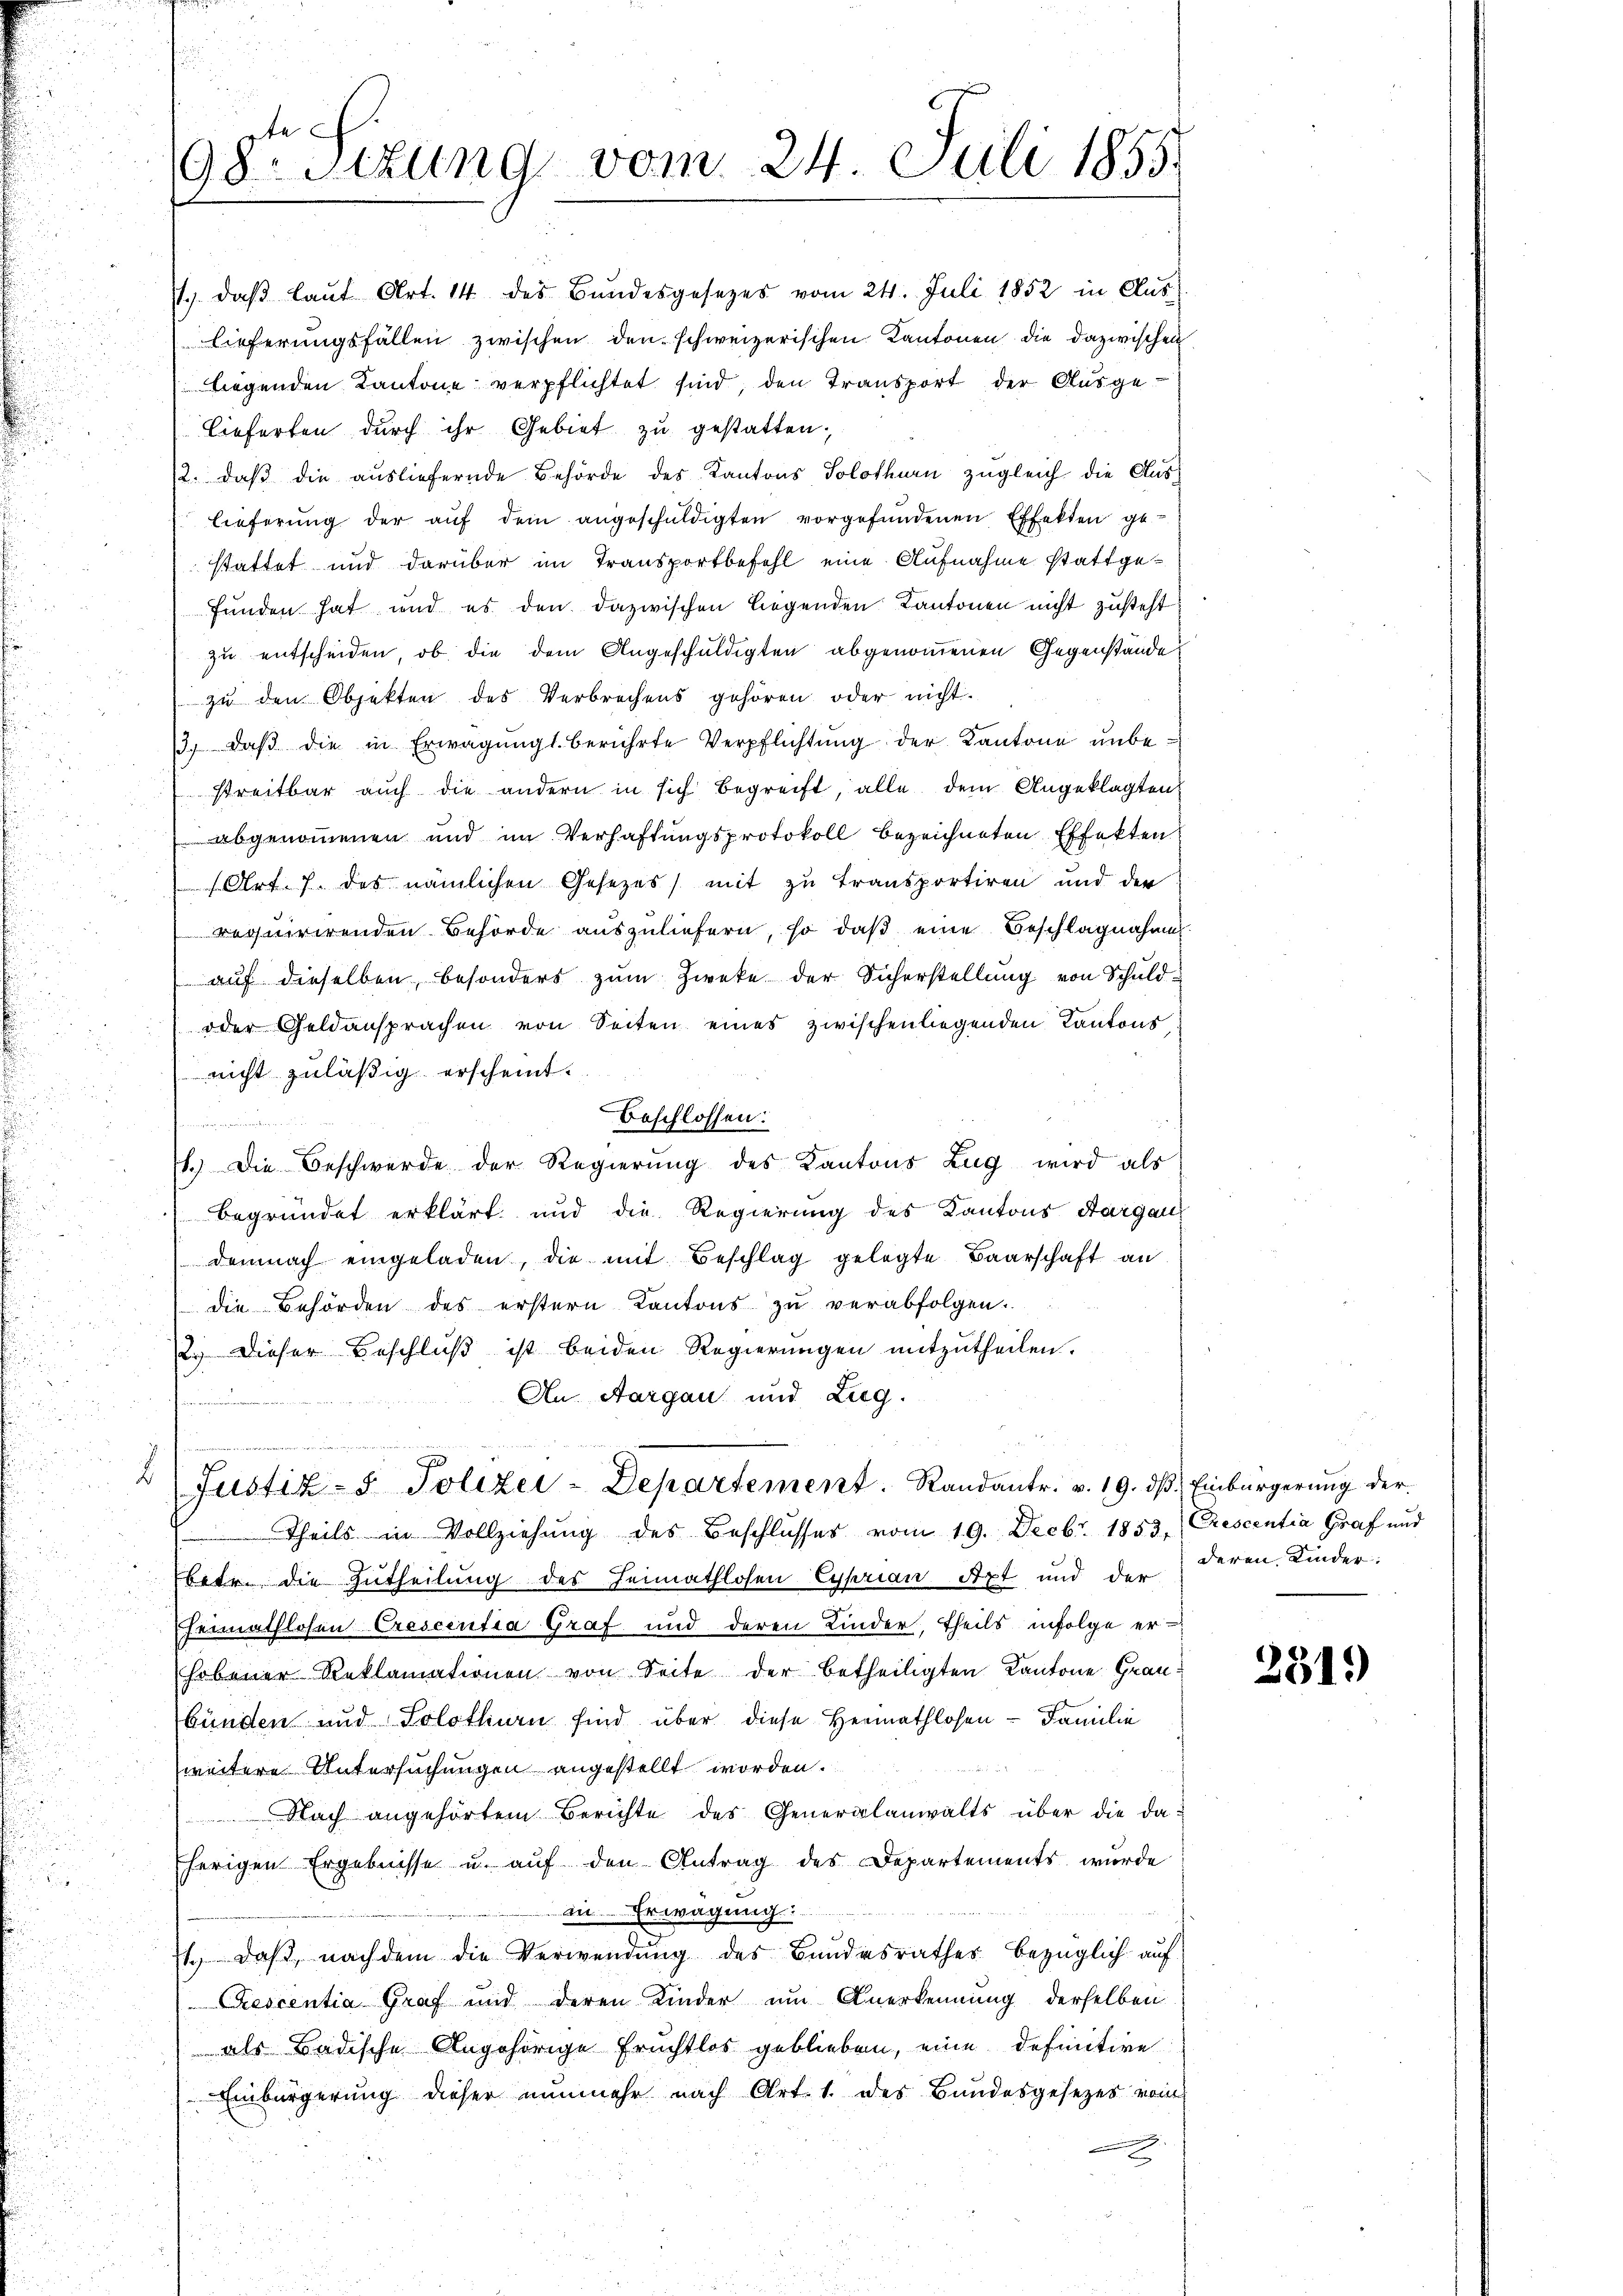
An Aargau und Zug.
himmen
2
Justiz- & Polizei-Departement. Randantr. v. 19. dβ. Einbürgerung der
Theils in Vollziehung des Beschlusses vom 19. Decbr. 1853, Crescentia Graf und
betr. die Zutheilung des Heimathlosen Cyprian Axt und der deren Kinder
heimathlosen Crescentia Graf und deren Kinder, theils infolge er-
hobener Reklamationen von Seite der betheiligten Kantone Graubünden und Solothurn sind über diese Hermathlosen - Familie
weitere Untersuchungen angestellt worden.
Nach angehörtem Berichte des Generalanwalts über die daherigen Ergebnisse u. auf den Antrag des Departements wurde
in Erwägung:
1., daß, nachdem die Verwendung des Bundesrathes bezüglich auf
Rescentia Graf und deren Kinder um Anerkennung derselben
als Badische Angehörige Fruchtlos geblieben, eine definitive
Einbürgerung dieser nunmehr nach Art. 1. des Bandesgesezes vom

98ten Sizung vom 24. Juli 1855.

1. daβ laŭt Art. 14 des Bŭndesgesetzes vom 24. Juli 1852 in Aŭs
lieferungsfällen zwischen den schweizerischen Kantonen die dazwischen
liegenden Kantone verpflichtet sind den Transport der Ausge¬
Lieferten durch ihr Gebiet zu gestatten;
12. daβ die aŭsliefernde Behörde des Kantons Solothurn zŭgleich die Aus-
lieferŭng der aŭf dem angeschŭldigten vorgefŭndenen Effekten ge-
stattet und darüber im Transportbefohl eine Aufnahme stattgefunden hat und es den dazwischen liegenden Kantonen nicht zusteht.
zu entscheiden, ob die dem Angeschuldigten abgenommenen Gegenstände
zu den Objekten des Verbrechens gehören oder nicht.
3. daβ die in Erwägŭngs- berührte Verpflichtŭng der Kantone ŭnbe-
streitbar auch die andern in sich begreift, alle dem Angeklagten
abgenommenen und im Verhaftungsprotokoll bezeichneten Effekten
Art. 7. des nämlichen Gesezes) mit zu transportiren und der
requirirenden Behörde auszuliefern, so daß eine Beschlagnahme
auf dieselben, besonders zum Zweke der Sicherstellung von Schuld-
oder Geldansprachen von Seiten eines zwischen liegenden Kantons
nicht zuläßig erscheint.
Beschlossen:
1.) Die Beschwerde der Regierung des Kantons Zug wird als
begründet erklärt und die Regierung des Kantons Aargau
demnach eingeladen, die mit Beschlag gelegte Baarschaft an
die Behörden des erstern Kantons zu verabfolgen.
2.) Dieser Beschlŭβ ist beiden Regierungen mitzutheilen.

251.